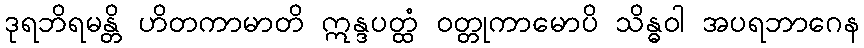
ဒုရဘိရမန္တိ ဟိတကာမာတိ ဣန္ဒပတ္ထံ ဝတ္တုကာမောပိ သိန္ဓဝါ အပရဘာဂေန